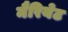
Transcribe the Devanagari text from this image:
मैरियेट